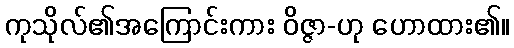
ကုသိုလ်၏အကြောင်းကား ဝိဇ္ဇာ-ဟု ဟောထား၏။